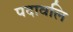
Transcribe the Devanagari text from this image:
पदावलि